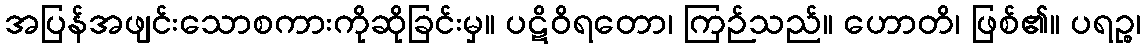
အပြန်အဖျင်းသောစကားကိုဆိုခြင်းမှ။ ပဋိဝိရတော၊ ကြဉ်သည်။ ဟောတိ၊ ဖြစ်၏။ ပရဉ္စ၊